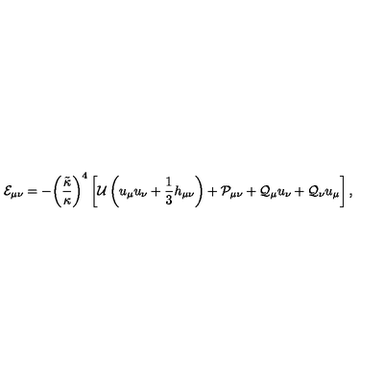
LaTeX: { { \mathcal { E } } _ { \mu \nu } } = - { { \left( { \frac { \tilde { \kappa } } { \kappa } } \right) } ^ { 4 } } \left[ { \mathcal { U } } \left( { u _ { \mu } } { u _ { \nu } } + { \frac { 1 } { 3 } } { h _ { \mu \nu } } \right) + { { \mathcal { P } } _ { \mu \nu } } + { { \mathcal { Q } } _ { \mu } } { u _ { \nu } } + { { \mathcal { Q } } _ { \nu } } { u _ { \mu } } \right] ,